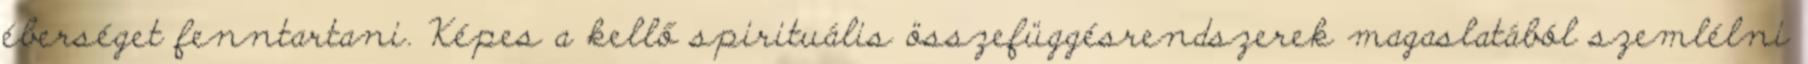
éberséget fenntartani. Képes a kellő spirituális összefüggésrendszerek magaslatából szemlélni